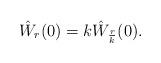
LaTeX: \begin{align*}\hat W_r(0) = k \hat W_\frac{r}{k}(0).\end{align*}